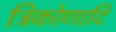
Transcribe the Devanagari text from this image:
त्रिकोणादि